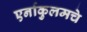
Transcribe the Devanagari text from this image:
एर्नाकुलमचे